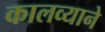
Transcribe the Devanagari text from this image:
कालव्याने